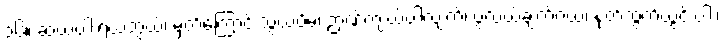
၁၆။ ဆယ်ပါးရယ်ဘွယ်၊ မှတ်ကြောင်းသွယ်ပိမ့်၊ ဉာဏ်ကျယ်ပါလျက်၊ ပွဲလယ်ချက်ဝယ်၊ နုတ်ထွက်ယွင်းပါး၊